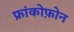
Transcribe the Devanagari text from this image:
फ्रांकोफ़ोन